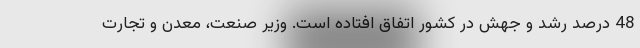
48 درصد رشد و جهش در کشور اتفاق افتاده است. وزیر صنعت، معدن و تجارت